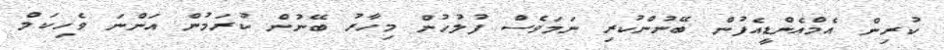
ކުރިން އެމްއެންޑީއެފުން ބޭނުންކުރި ނަމަވެސް ފުލުހުން މިހާރު ބޭނުން ކުރަމުން އަންނަ ވެހިކަލް